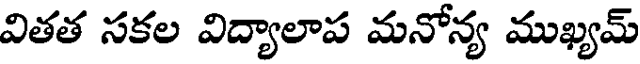
వితత సకల విద్యాలాప మనోన్య ముఖ్యమ్